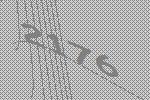
2176